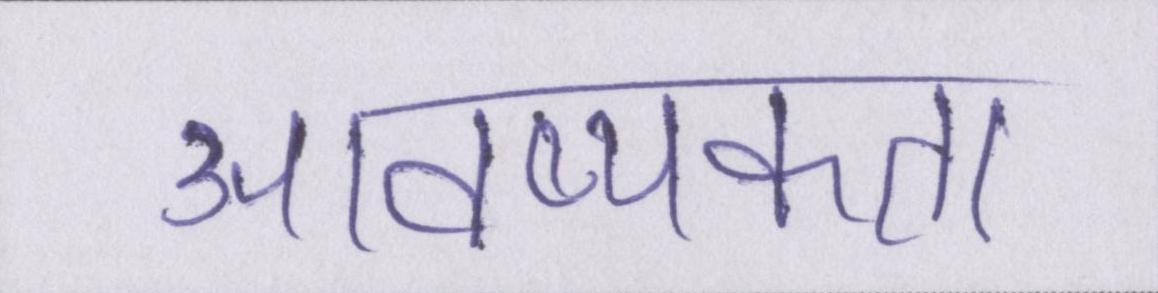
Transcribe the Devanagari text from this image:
आवष्यकता